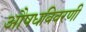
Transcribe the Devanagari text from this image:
औषधविवरणी